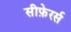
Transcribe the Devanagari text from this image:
सीफ़ेरर्स